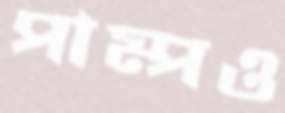
পাম্পও